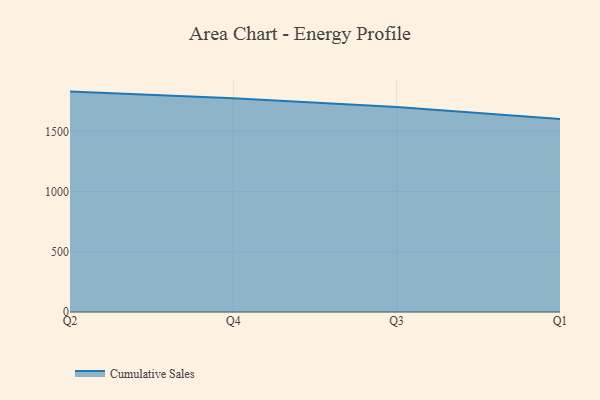
{"axis": {"x": "Quarter", "y": "Humidity (%)"}, "legend": ["Cumulative Sales"], "data": [{"x": "Q2", "y": 1830.6, "type": "Cumulative Sales"}, {"x": "Q4", "y": 1775.8, "type": "Cumulative Sales"}, {"x": "Q3", "y": 1703.0, "type": "Cumulative Sales"}, {"x": "Q1", "y": 1602.8, "type": "Cumulative Sales"}]}